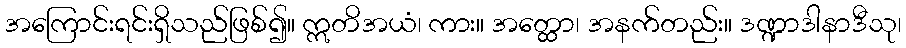
အကြောင်းရင်းရှိသည်ဖြစ်၍။ ဣတိအယံ၊ ကား။ အတ္ထော၊ အနက်တည်း။ ဒဏ္ဍာဒါနာဒီသု၊